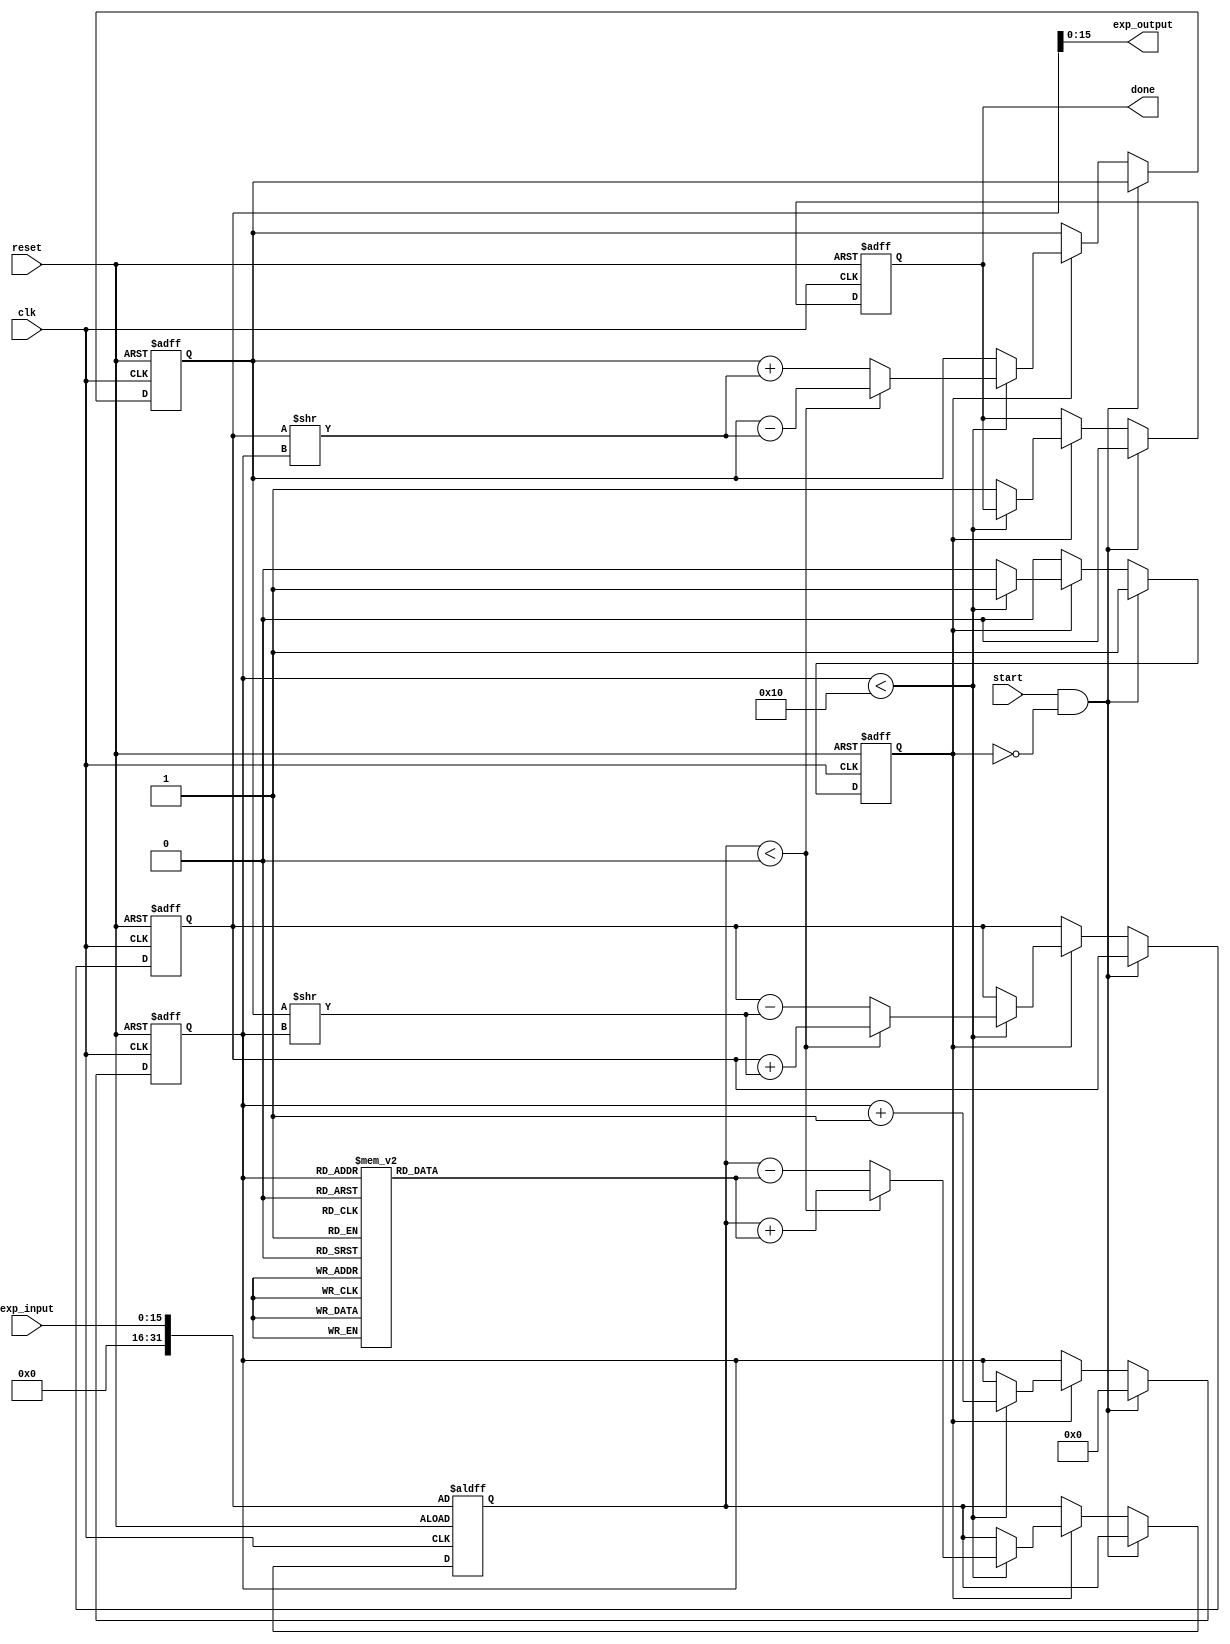
module cordic_exponential (
    input wire clk,               // Clock signal
    input wire reset,             // Reset signal
    input wire start,             // Start signal for computation
    input wire [15:0] exp_input,  // Fixed-point exponent input (normalized)
    output wire [15:0] exp_output, // Fixed-point output of the exponential calculation
    output wire done              // Done signal indicating computation completion
);

parameter NUM_ITERATIONS = 16;   // Number of CORDIC iterations

// Internal signals
reg [15:0] angle_table [0:NUM_ITERATIONS-1]; // Precomputed angle table (arctangent values)
reg [31:0] x, y, z;                   // CORDIC coordinates (x, y) and angle (z)
reg [3:0] iteration_counter;          // Iteration counter
reg computing;                        // State flag for computation
reg done_signal;                      // Done signal

// Load rotation angles into ROM
initial begin
    angle_table[0] = 16'h0000; // atan(2^0)
    angle_table[1] = 16'h2000; // atan(2^-1)
    angle_table[2] = 16'h4000; // atan(2^-2)
    angle_table[3] = 16'h6000; // atan(2^-3)
    angle_table[4] = 16'h8000; // atan(2^-4)
    angle_table[5] = 16'hA000; // atan(2^-5)
    angle_table[6] = 16'hC000; // atan(2^-6)
    angle_table[7] = 16'hE000; // atan(2^-7)
    angle_table[8] = 16'h10000; // atan(2^-8)
    angle_table[9] = 16'h12000; // atan(2^-9)
    angle_table[10] = 16'h14000; // atan(2^-10)
    angle_table[11] = 16'h16000; // atan(2^-11)
    angle_table[12] = 16'h18000; // atan(2^-12)
    angle_table[13] = 16'h1A000; // atan(2^-13)
    angle_table[14] = 16'h1C000; // atan(2^-14)
    angle_table[15] = 16'h1E000; // atan(2^-15)
end

// Control Logic
always @(posedge clk or posedge reset) begin
    if (reset) begin
        x <= 32'h00010000; // Starting value of x (1.0 in fixed-point)
        y <= 32'h00000000; // Starting value of y (0.0 in fixed-point)
        z <= {16'h0000, exp_input}; // Initial angle z
        iteration_counter <= 0;
        computing <= 0;
        done_signal <= 0;
    end else if (start && !computing) begin
        computing <= 1;
        iteration_counter <= 0; // Reset the iteration counter
        done_signal <= 0;
    end else if (computing) begin
        if (iteration_counter < NUM_ITERATIONS) begin
            // CORDIC rotation equation
            if (z < 0) begin
                x <= x + (y >> iteration_counter);
                y <= y - (x >> iteration_counter);
                z <= z + angle_table[iteration_counter];
            end else begin
                x <= x - (y >> iteration_counter);
                y <= y + (x >> iteration_counter);
                z <= z - angle_table[iteration_counter];
            end
            iteration_counter <= iteration_counter + 1;
        end else begin
            computing <= 0; // End of computation
            done_signal <= 1; // Signal completion
        end
    end
end

// Output calculation and scaling
assign exp_output = x[15:0]; // Returning the result in fixed-point format
assign done = done_signal;

endmodule